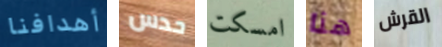
أهدافنا حدس امسكت هنا القرش